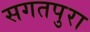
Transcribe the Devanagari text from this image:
सगतपुरा